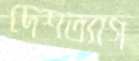
দেশত্যাগ